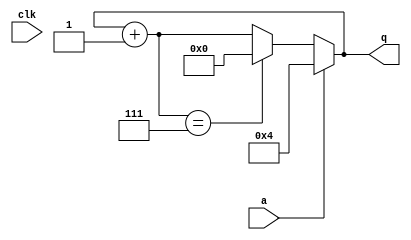
`timescale 1ns / 1ps
//////////////////////////////////////////////////////////////////////////////////
// Company: 
// Engineer: 
// 
// Design Name: 
// Module Name: circuit
// Project Name: 
// Target Devices: 
// Tool Versions: 
// Description: 
// 
// Dependencies: 
// 
// Revision:
// Revision 0.01 - File Created
// Additional Comments:
// 
//////////////////////////////////////////////////////////////////////////////////


module circuit(
    input a, clk,
    output reg [3:0] q    
    );
    
    always @(*) begin
        q = q + 3'b001;
        if (a) begin
            q = 3'b100;
        end
        else if (q == 3'b111) begin
            q = 3'b0;
        end
    end    
endmodule